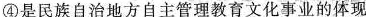
④是民族自治地方自主管理教育文化事业的体现